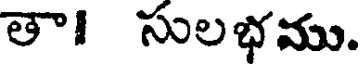
తా! సులభము.